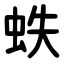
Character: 蛈